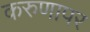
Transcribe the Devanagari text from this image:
करुणापर